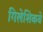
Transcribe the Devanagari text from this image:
गिलेशिकवे